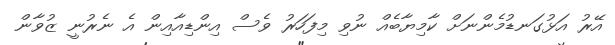
އޭރު އަޅުގަނޑުމެންނަށް ކާމިޔާބެއް ނުވި މިފަހަރު ވެސް އިންޑިއާއިން އެ ނެރުނީ ޒުވާން